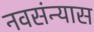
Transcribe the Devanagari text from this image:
नवसंन्यास